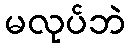
မလုပ်ဘဲ